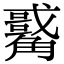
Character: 𧥀